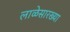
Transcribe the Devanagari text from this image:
लाळेसारख्या